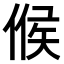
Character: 𠋫